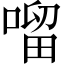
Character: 𠺕